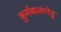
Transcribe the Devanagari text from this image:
कुर्मबालंगोडू